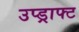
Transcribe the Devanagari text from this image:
उप्ड्राफ्ट